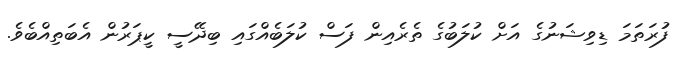
ފުރަތަމަ ޑިވިޝަނުގެ އަށް ކުލަބުގެ ތެރެެއިން ފަސް ކުލަބެއްގައި ބިދޭސީ ކީޕަރުން އެބަތިއްބެވެ.